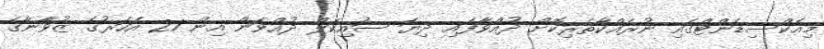
މިއެކްސިޑެންޓްގައި ނުރައްކާތެރިކޮށް ދުއްވާފައި ދިޔަ ސައިކަލް ދުއްވަން އިން 21 އަހަރުގެ ޒުވާނާގެ